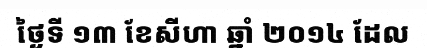
ថ្ងៃទី ១៣ ខែសីហា ឆ្នាំ ២០១៤ ដែល